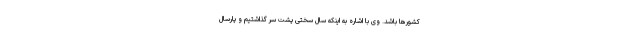
کشورها باشد. وی با اشاره به اینکه سال سختی پشت سر گذاشتیم و پارسال